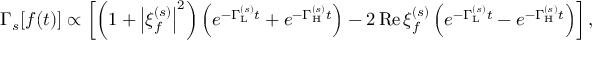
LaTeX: \Gamma _ { s } [ f ( t ) ] \propto \left[ \left( 1 + \left| \xi _ { f } ^ { ( s ) } \right| ^ { 2 } \right) \left( e ^ { - \Gamma _ { \mathrm { L } } ^ { ( s ) } t } + e ^ { - \Gamma _ { \mathrm { H } } ^ { ( s ) } t } \right) - 2 \, \mathrm { R e } \, \xi _ { f } ^ { ( s ) } \left( e ^ { - \Gamma _ { \mathrm { L } } ^ { ( s ) } t } - e ^ { - \Gamma _ { \mathrm { H } } ^ { ( s ) } t } \right) \right] ,